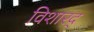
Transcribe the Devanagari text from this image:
विशारद्